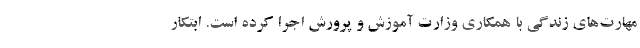
مهارت‌های زندگی با همکاری وزارت آموزش و پرورش اجرا کرده است. ابتکار